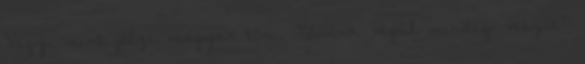
Vagy, mint jelzi magyar töri, Népünk végül mindig veszít?